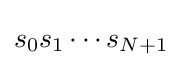
s_{0}s_{1}\cdots s_{N+1}